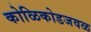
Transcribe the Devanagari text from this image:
कोळिकोडजवळ